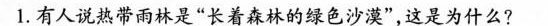
1.有人说热带雨林是”长着森林的绿色沙漠”，这是为什么?